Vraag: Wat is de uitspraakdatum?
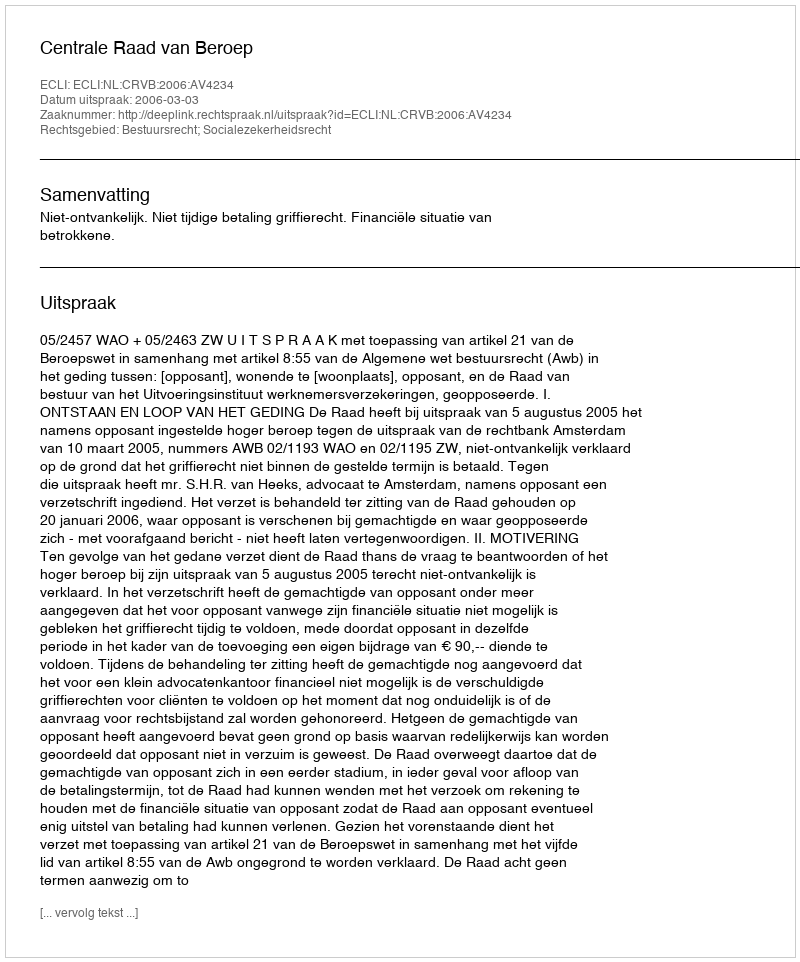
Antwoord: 2006-03-03